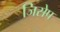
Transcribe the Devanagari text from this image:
जिसेप